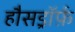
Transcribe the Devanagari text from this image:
हौसड्रॉर्फ़